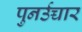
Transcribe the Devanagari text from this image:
पुनर्उच्चार